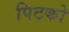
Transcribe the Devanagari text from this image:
पिटको